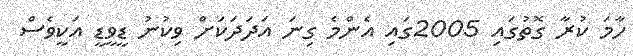
ހާމަ ކުރާ ގޮތުގައި 2005ގައި އެންމެ ގިނަ އަދަދަކަށް ވިކުނު ޑީވީޑީ އަކީވެސް